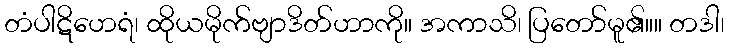
တံပါဋိဟေရံ၊ ထိုယမိုက်ဗျာဒိတ်ဟာကို။ အကာသိ၊ ပြတော်မူ၏။။ တဒါ၊